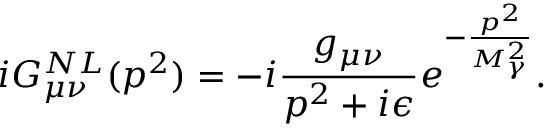
i G _ { \mu \nu } ^ { N L } ( p ^ { 2 } ) = - i \frac { g _ { \mu \nu } } { p ^ { 2 } + i \epsilon } e ^ { - \frac { p ^ { 2 } } { M _ { \gamma } ^ { 2 } } } .